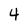
Character: 4